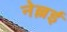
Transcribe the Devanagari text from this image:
नेल्लई